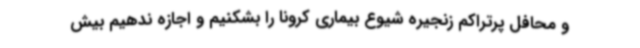
و محافل پرتراکم زنجیره شیوع بیماری کرونا را بشکنیم و اجازه ندهیم بیش